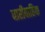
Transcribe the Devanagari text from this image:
धारीवाहिक